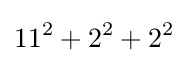
11^{2}+2^{2}+2^{2}